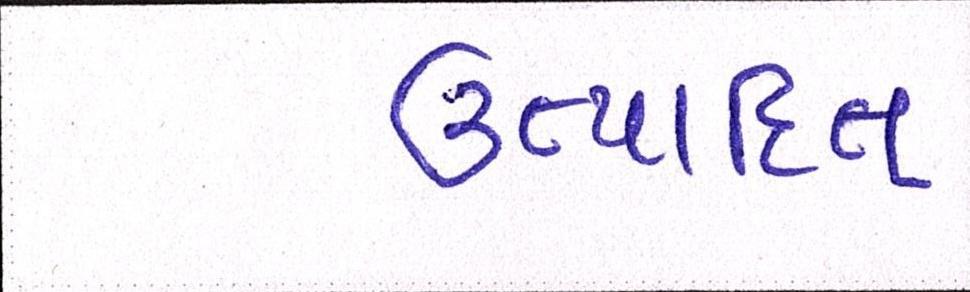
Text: ઉત્પાદિત